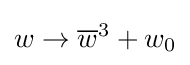
w\to {\overline {w}}^{3}+w_{0}